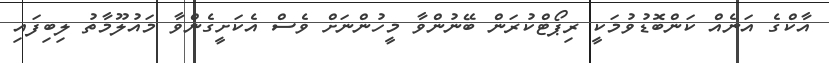
އާކްގެ އަނެއް ކަންބޮޑުވުމަކީ ރިޕޯޓްކުރަން ބޭނުންވާ މީހުންނަށް ވެސް އެކަށީގެންވާ މައުލޫމާތު ލިބިފައި